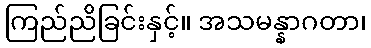
ကြည်ညိခြင်းနှင့်။ အသမန္နာဂတာ၊